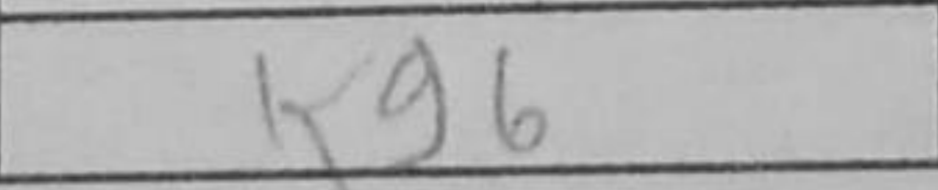
Transcription: Kg6